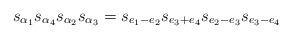
LaTeX: \begin{align*} s_{\alpha_1}s_{\alpha_4}s_{\alpha_2}s_{\alpha_3} = s_{e_1-e_2}s_{e_3+e_4}s_{e_2-e_3}s_{e_3-e_4}\end{align*}